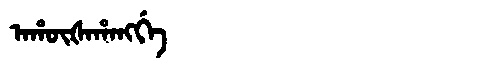
Manchu: ᠠᡥᡡᡧᠠᡥᠠᠩᡤᡝ
Romanization: AHŪŠAHANGGE